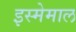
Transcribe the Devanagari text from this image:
इस्मेमाल